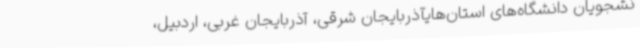
نشجویان دانشگاه‌های استان‌هایآذربایجان شرقی، آذربایجان غربی، اردبیل،